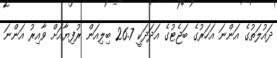
ދައުލަތުގެ އަންނަ އަހަރުގެ ބަޖެޓުގެ އަދަދަކީ 26.7 ބިލިއަން ރުފިޔާއަށް ވާއިރު އަންނަ